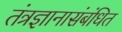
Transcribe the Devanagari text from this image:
तंत्रज्ञानासंबंधित